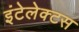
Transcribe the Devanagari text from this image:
इंटेलेक्टस